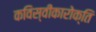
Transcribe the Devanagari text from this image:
कविस्वीकारोक्ति